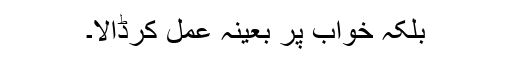
بلکہ خواب پر بعینہٖ عمل کرڈالا۔